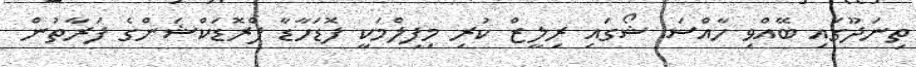
ތިނަދޫގައި ބޭއްވި ހާއްސަ ޝޯގައި ރިލީޒް ކުރި މިފިލްމަކީ ފޮޑަހާޑާ ޕްރޮޑަކްޝަންގެ ފަރާތުން